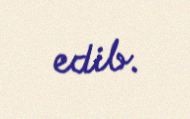
edib.